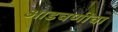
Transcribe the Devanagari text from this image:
आडचणीचा